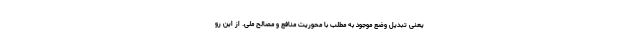
یعنی تبدیل وضع موجود به مطلب با محوریت منافع و مصالح ملی. از این رو